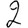
Digit: 2